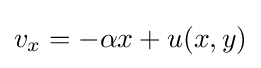
v_{x}=-\alpha x+u(x,y)